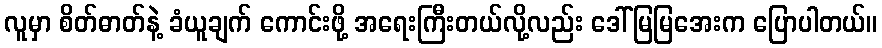
လူမှာ စိတ်ဓာတ်နဲ့ ခံယူချက် ကောင်းဖို့ အရေးကြီးတယ်လို့လည်း ဒေါ်မြမြအေးက ပြောပါတယ်။